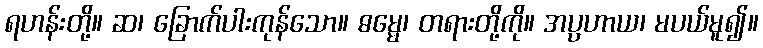
ရဟန်းတို့။ ဆ၊ ခြောက်ပါးကုန်သော။ ဓမ္မေ၊ တရားတို့ကို။ အပ္ပဟာယ၊ မပယ်မူ၍။